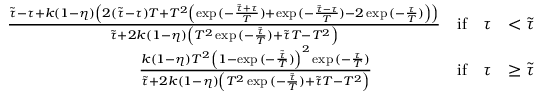
\begin{array} { r l r l } & { \frac { \tilde { \tau } - \tau + k ( 1 - \eta ) \left( 2 ( \tilde { \tau } - \tau ) T + T ^ { 2 } \left( \exp { ( - \frac { \tilde { \tau } + \tau } { T } ) } + \exp { ( - \frac { \tilde { \tau } - \tau } { T } ) } - 2 \exp { ( - \frac { \tau } { T } ) } \right) \right) } { \tilde { \tau } + 2 k ( 1 - \eta ) \left( T ^ { 2 } \exp { ( - \frac { \tilde { \tau } } { T } ) } + \tilde { \tau } T - T ^ { 2 } \right) } } & { \mathrm { i f } \quad \tau } & { < \tilde { \tau } } \\ & { \quad \quad \quad \quad \quad \quad \quad \quad \frac { k ( 1 - \eta ) T ^ { 2 } \left( 1 - \exp { ( - \frac { \tilde { \tau } } { T } ) } \right) ^ { 2 } \exp { ( - \frac { \tau } { T } ) } } { \tilde { \tau } + 2 k ( 1 - \eta ) \left( T ^ { 2 } \exp { ( - \frac { \tilde { \tau } } { T } ) } + \tilde { \tau } T - T ^ { 2 } \right) } } & { \mathrm { i f } \quad \tau } & { \geq \tilde { \tau } } \end{array}